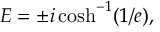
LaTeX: E = \pm i \cosh ^ { - 1 } ( 1 / e ) ,